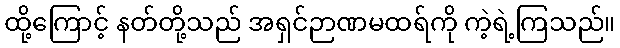
ထို့ကြောင့် နတ်တို့သည် အရှင်ဉာဏမထရ်ကို ကဲ့ရဲ့ကြသည်။